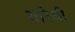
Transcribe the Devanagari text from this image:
वारेची